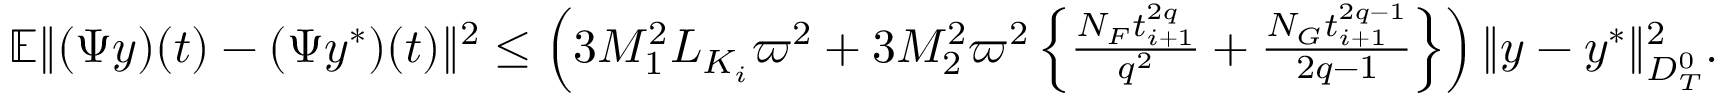
\begin{array} { r } { \mathbb { E } \| ( { \Psi } y ) ( t ) - ( \Psi y ^ { * } ) ( t ) \| ^ { 2 } \leq \left( 3 { \cal M } _ { 1 } ^ { 2 } L _ { { \cal K } _ { i } } \varpi ^ { 2 } + 3 { \cal M } _ { 2 } ^ { 2 } \varpi ^ { 2 } \left\{ \frac { N _ { \cal F } t _ { i + 1 } ^ { 2 q } } { q ^ { 2 } } + \frac { N _ { \cal G } t _ { i + 1 } ^ { 2 q - 1 } } { 2 q - 1 } \right\} \right) \| y - y ^ { * } \| _ { { \cal D } _ { T } ^ { 0 } } ^ { 2 } . } \end{array}